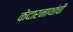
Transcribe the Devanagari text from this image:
केदारनाथांची